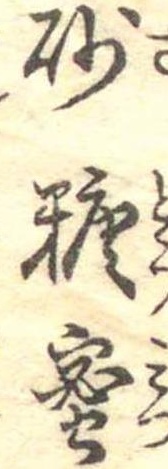
砂糖蜜